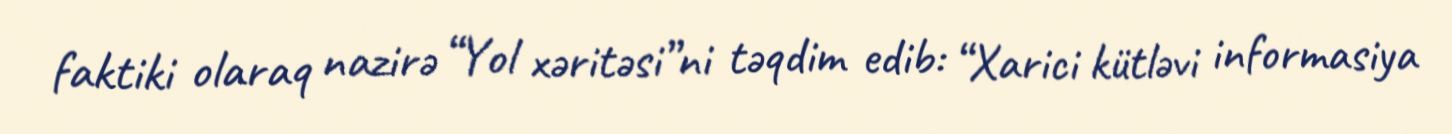
faktiki olaraq nazirə “Yol xəritəsi”ni təqdim edib: “Xarici kütləvi informasiya